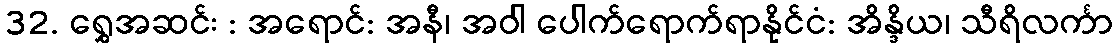
32. ရွှေအဆင်း : အရောင်: အနီ၊ အဝါ ပေါက်ရောက်ရာနိုင်ငံ: အိန္ဒိယ၊ သီရိလင်္ကာ